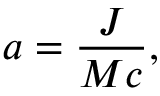
a = { \frac { J } { M c } } ,